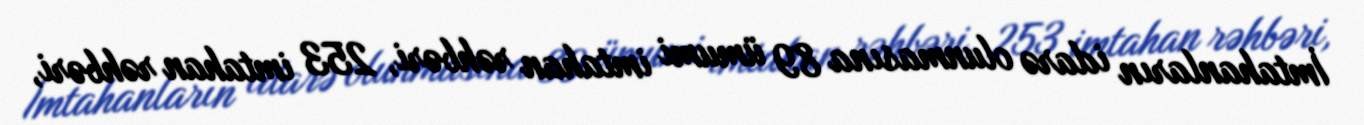
İmtahanların idarə olunmasına 89 ümumi imtahan rəhbəri, 253 imtahan rəhbəri,